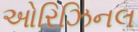
ઓરિઝિનલ